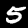
Label: 5